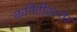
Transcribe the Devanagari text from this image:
कमिटीसमोर